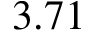
3 . 7 1